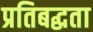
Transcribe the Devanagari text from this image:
प्रतिबद्घता